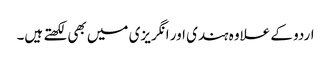
اردو کے علاوہ ہندی اور انگریزی میں بھی لکھتے ہیں۔